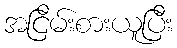
အငြိမ်းစားယူပြီး